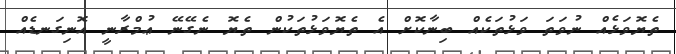
ތެޔޮވަޅެއް ނުވަތަ ވަޅުތަކެއް ބިނާކޮށް އެ ތެޔޮވަޅުތަކުން ތެޔޮ ނެގޭނޭ ޢުމްރާނީ އޮނިގަނޑެއް